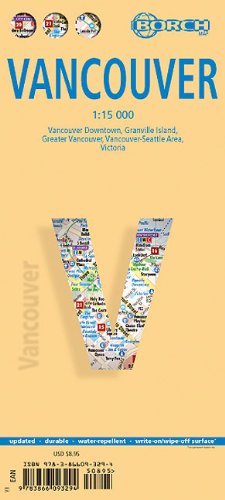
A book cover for Laminated Vancouver Map by Borch (English, Spanish, French, Italian and German Edition); Borch; Travel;